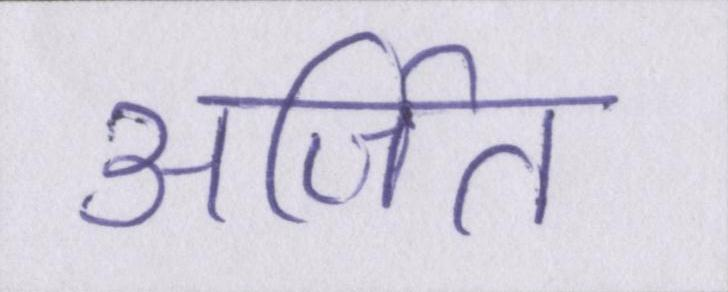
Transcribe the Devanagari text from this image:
अर्जित